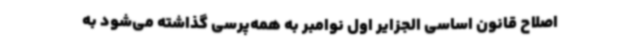
اصلاح قانون اساسی الجزایر اول نوامبر به همه‌پرسی گذاشته می‌شود به